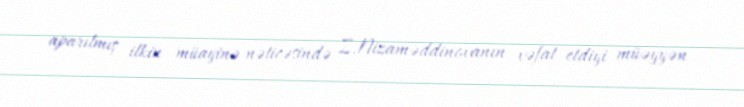
aparılmış ilkin müayinə nəticəsində Z.Nizaməddinovanın vəfat etdiyi müəyyən